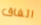
اتفاق